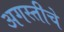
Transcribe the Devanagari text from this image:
अगस्तीचे